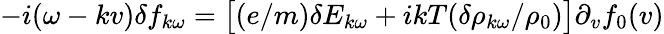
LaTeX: -i(\omega-kv)\delta f_{k\omega}=\big[(e/m)\delta E_{k\omega}+ikT(\delta\rho_{k\omega}/\rho_{0})\big]\partial_{v}f_{0}(v)